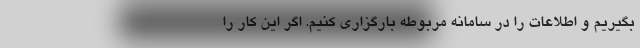
بگیریم و اطلاعات را در سامانه مربوطه بارگزاری کنیم. اگر این کار را